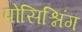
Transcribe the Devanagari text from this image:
पोसिश्निंग